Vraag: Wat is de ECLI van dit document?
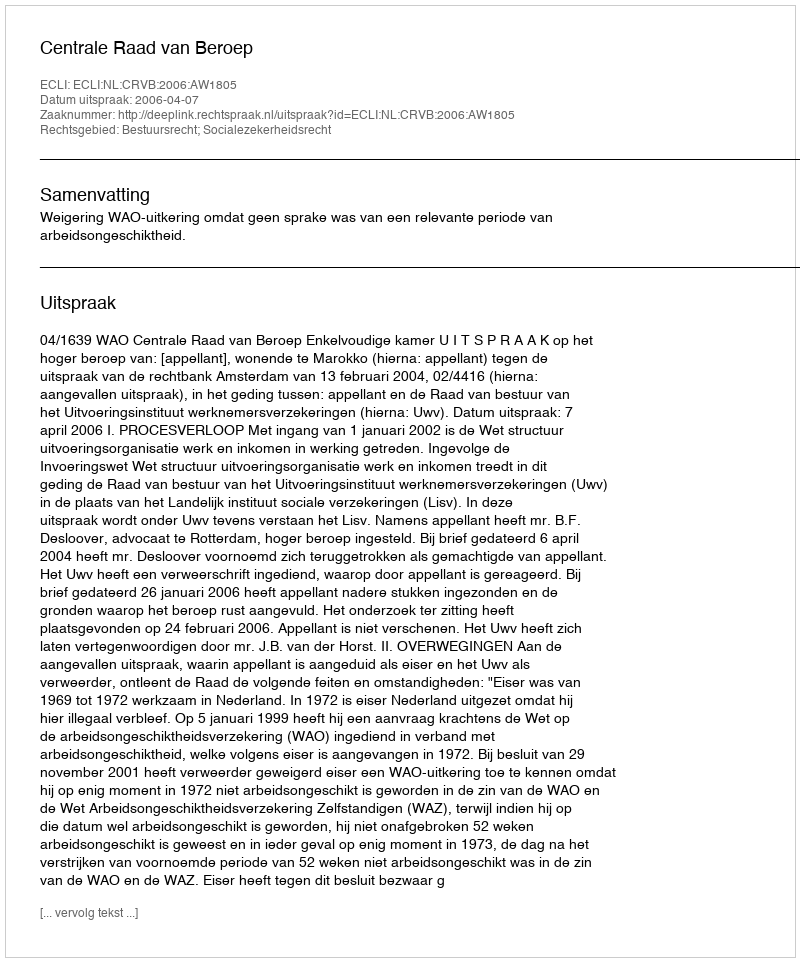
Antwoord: ECLI:NL:CRVB:2006:AW1805